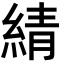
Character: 綪